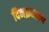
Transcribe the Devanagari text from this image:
दिनक्रमाला